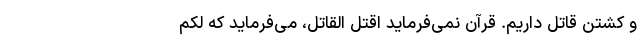
و کشتن قاتل داریم. قرآن نمی‌فرماید اقتل القاتل، می‌فرماید که لَکُمْ